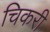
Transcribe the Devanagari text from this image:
चिकरी